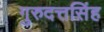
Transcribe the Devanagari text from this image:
गुरुदत्तसिंह